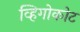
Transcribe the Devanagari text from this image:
व्हिगोकोट